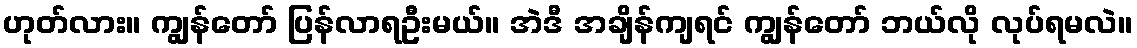
ဟုတ်လား။ ကျွန်တော် ပြန်လာရဦးမယ်။ အဲဒီ အချိန်ကျရင် ကျွန်တော် ဘယ်လို လုပ်ရမလဲ။